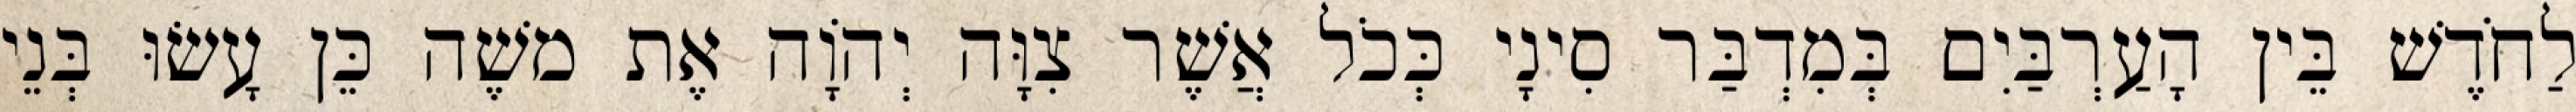
לַחֹדֶשׁ בֵּין הָעַרְבַּיִם בְּמִדְבַּר סִינָי כְּכֹל אֲשֶׁר צִוָּה יְהוָֹה אֶת משֶׁה כֵּן עָשׂוּ בְּנֵי